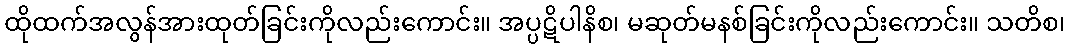
ထိုထက်အလွန်အားထုတ်ခြင်းကိုလည်းကောင်း။ အပ္ပဋိပါနိစ၊ မဆုတ်မနစ်ခြင်းကိုလည်းကောင်း။ သတိစ၊